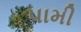
પામી